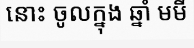
នោះ ចូលក្នុង ឆ្នាំ មមី